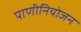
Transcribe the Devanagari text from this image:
पाणीनियोजन